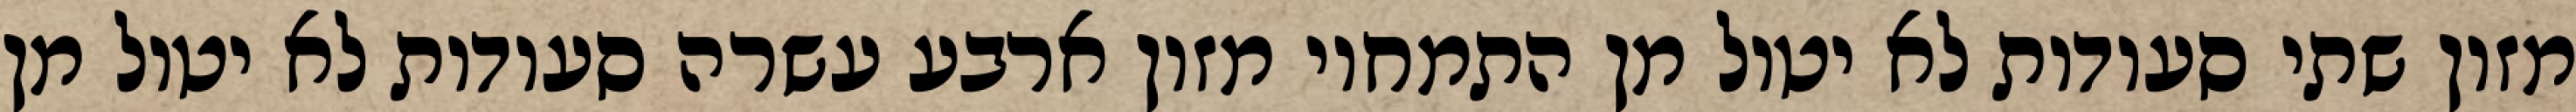
מזון שתי סעודות לא יטול מן התמחוי מזון ארבע עשרה סעודות לא יטול מן